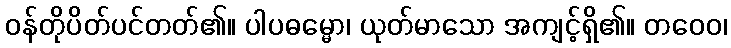
ဝန်တိုပိတ်ပင်တတ်၏။ ပါပဓမ္မော၊ ယုတ်မာသော အကျင့်ရှိ၏။ တဝေဝ၊